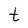
Character: t